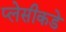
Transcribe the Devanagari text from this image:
प्लेसीकडे